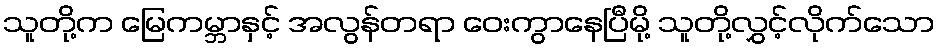
သူတို့က မြေကမ္ဘာနှင့် အလွန်တရာ ဝေးကွာနေပြီမို့ သူတို့လွှင့်လိုက်သော